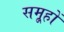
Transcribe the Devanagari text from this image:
समू्हों